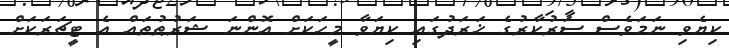
ކިޔެވި ނަމަވެސް ސަރުކާރުގެ ޚަރަދުގައި ކިޔަވާ މީހަކަށް އޮންނަ ޝަރުޠުތައް އެ ޓީޗަރަކަށް